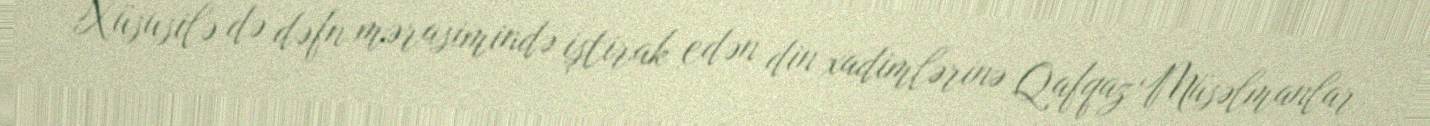
Xüsusilə də dəfn mərasimində iştirak edən din xadimlərinə Qafqaz Müsəlmanlar